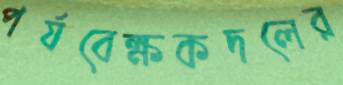
পর্যবেক্ষকদলের